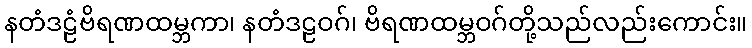
နတံဒဠံဗိရဏထမ္ဘကာ၊ နတံဒဠဝဂ်၊ ဗိရဏထမ္ဘဝဂ်တို့သည်လည်းကောင်း။